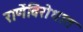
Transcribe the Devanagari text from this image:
राणेंविरोधात